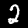
Digit: 2